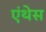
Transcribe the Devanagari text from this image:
एंथेस